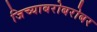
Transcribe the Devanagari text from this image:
जिच्याबरोबरोबर